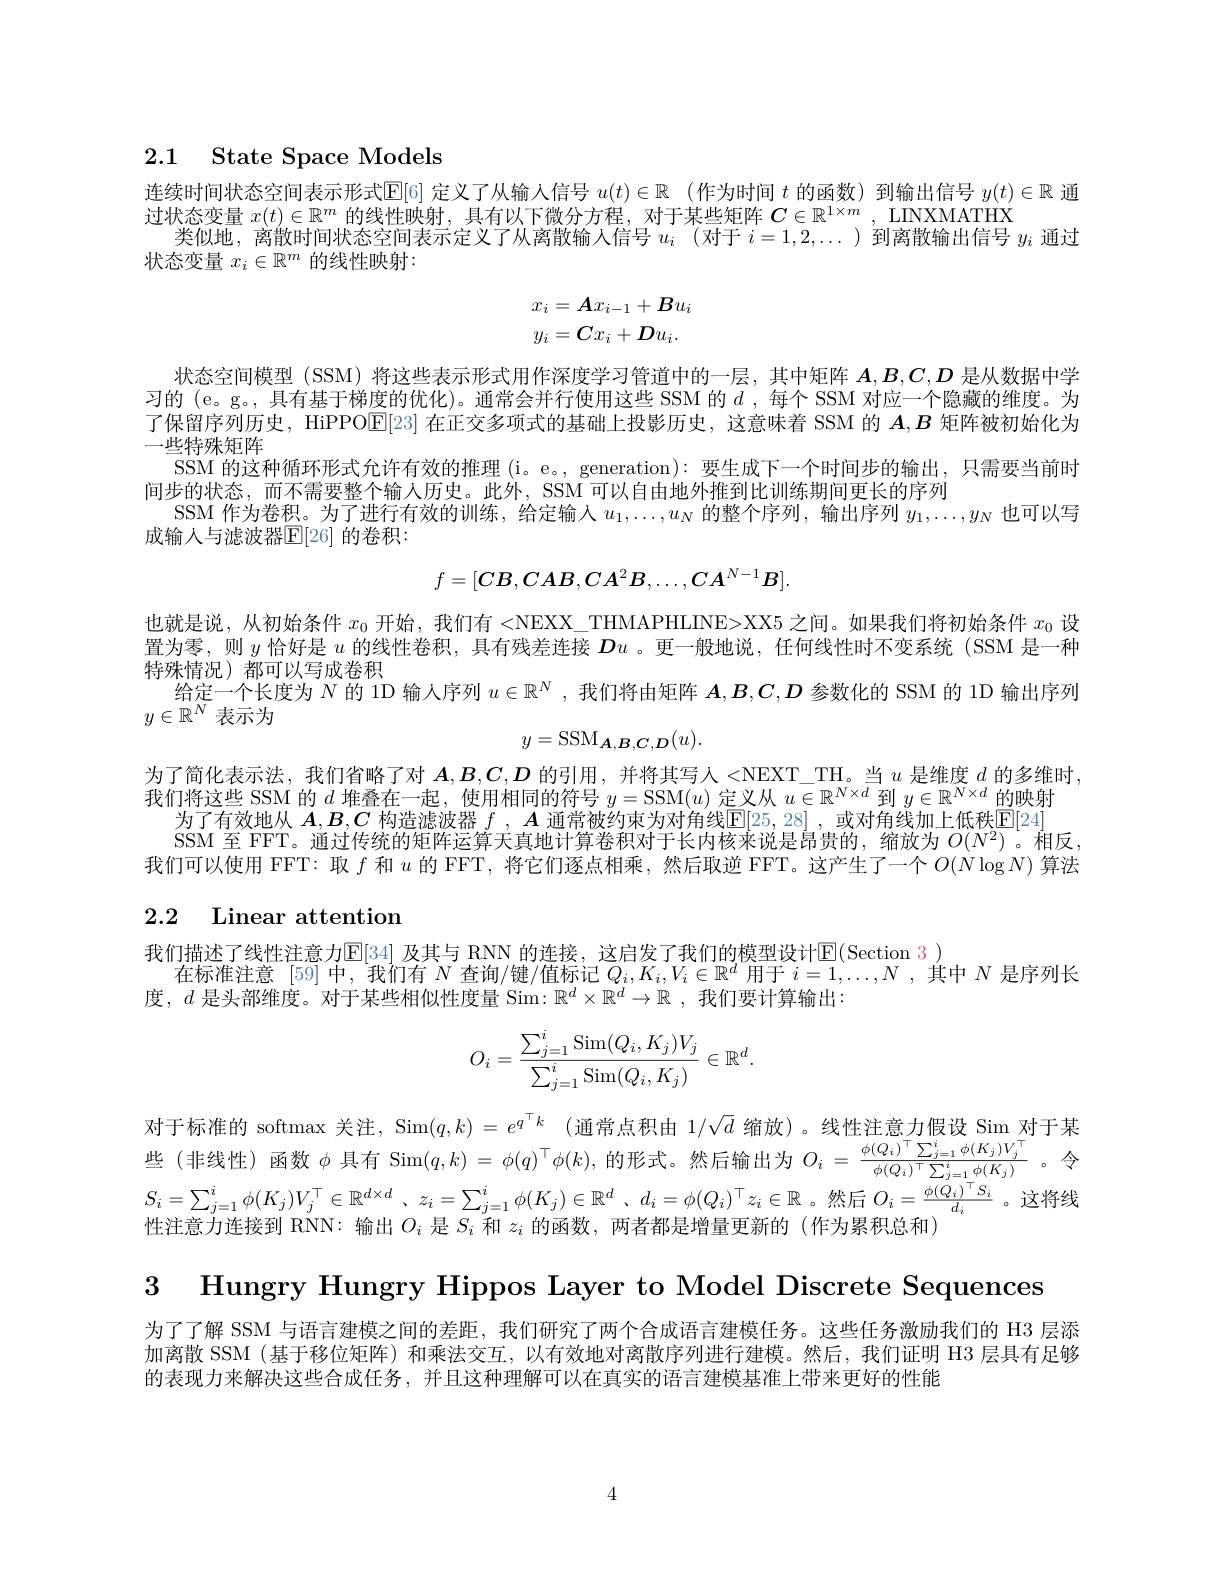
2.1 State Space Models

连续时间状态空间表示形式$\mathbb{E}[6]$定义了从输人信号$u( t) \in \mathbb{R}$ (作为时间$t$的函数)到输出信号$y(t)\in\mathbb{R}$通
过状态变量$x(t)\in\mathbb{R}^m$的线性映射，具有以下微分方程，对于某些矩阵$C\in\mathbb{R}^1\times m$ , LINXMATHX
类似地，离散时间状态空间表示定义了从离散输人信号$u_i$ (对于$i=1,2,\ldots$ )到离散输出信号$y_i$通过
状态变量$x_i\in\mathbb{R}^m$的线性映射：
$$\begin{aligned}x_i&=\boldsymbol{A}x_{i-1}+\boldsymbol{B}u_i\\y_i&=\boldsymbol{C}x_i+\boldsymbol{D}u_i.\end{aligned}$$
了保留序列历史，HiPPO$\overline{\mathrm{E}}[23]$在正交多项式的基础上投影历史，这意味着 SSM 的$A,B$矩阵被初始化为
一些特殊矩阵

状态空间模型 (SSM) 将这些表示形式用作深度学习管道中的一层，其中矩阵$A,B,C,D$是从数据中学习的 (e。g。, 具有基于梯度的优化)。通常会并行使用这些 SSM 的$d$ ,每个 SSM 对应一个隐藏的维度。为
SSM 的这种循环形式允许有效的推理 (i。e。, generation): 要生成下一个时间步的输出，只需要当前时
间步的状态，而不需要整个输人历史。此外，SSM 可以自由地外推到比训练期间更长的序列
SSM 作为卷积。为了进行有效的训练，给定输人$u_1,\ldots,u_N$的整个序列，输出序列$y_1,\ldots,y_N$也可以写
成输入与滤波器$\mathbb{E}[26]$ 的卷积：
$$f=[CB,CAB,CA^2B,\ldots,CA^{N-1}B].$$
也就是说，从初始条件$x_0$开始，我们有 <NEXX\_THMAPHLINE>XX5 之间。如果我们将初始条件$x_0$设置为零，则$y$恰好是$u$的线性卷积，具有残差连接$Du$ 。更一般地说，任何线性时不变系统(SSM 是一种特殊情况)都可以写成卷积
给定一个长度为$N$ 1D 输人序列$u\in\mathbb{R}^N$ ,我们将由矩阵$A,B,C,D$参数化的 SSM 的 1D 输出序列
$y\in\mathbb{R}^N$表示为
$$y=\mathrm{SSM}_{\boldsymbol{A},\boldsymbol{B},\boldsymbol{C},\boldsymbol{D}}(u).$$
为了简化表示法，我们省略了对$A,B,C,D$的引用，并将其写人 <NEXT\_TH。当$u$是维度$d$的多维时，
我们将这些 SSM 的$d$堆叠在一起，使用相同的符号$y=$SSM$(u)$定义从$u\in\mathbb{R}^N\times d$到$y\in\mathbb{R}^N\times d$的映射
为了有效地从 $A,B,C$ 构造滤波器 $f,\boldsymbol{A}$ 通常被约束为对角线$\underline{\mathbb{E}}[25,28]$ ,或对角线加上低秩$\underline{\mathbb{E}}[24]$
SSM 至 FFT。通过传统的矩阵运算天真地计算卷积对于长内核来说是昂贵的，缩放为$O(N^2)$。相反我们可以使用 FFT: 取$f$和$u$的 FFT, 将它们逐点相乘，然后取逆 FFT。这产生了一个$O(N\log N)$算法

# 2.2 Linear attention

我们描述了线性注意力E$[ 34] 及 其 与 RNN 的 连 接 , 这 启 发 了 我 们 的 模 型 设 计 E( Section 3)$
在标准注意 [59]中，我们有$N$查询/键/值标记$Q_i,K_i,V_i\in\mathbb{R}^d$用于$i=1,\ldots,N$ ,其中$N$是序列长
度，$d$是头部维度。对于某些相似性度量 Sim: $\mathbb{R}^d\times\mathbb{R}^d\to\mathbb{R}$ ,我们要计算输出：
$$O_i=\frac{\sum_{j=1}^i\operatorname{Sim}(Q_i,K_j)V_j}{\sum_{j=1}^i\operatorname{Sim}(Q_i,K_j)}\in\mathbb{R}^d.$$
对于标准的 softmax 关注，Sim$( q, k) = e^{q^\top k}$ (通常点积由 $1/\sqrt d$ 缩放)。线性注意力假设 Sim 对于某些 (非线性)函数$\phi$具有 Sim$(q,k)=\phi(q)^\top\phi(k)$,的形式。然后输出为$O_i=\frac{\phi(Q_i)^\top\sum_{j=1}^n\phi(K_j)V_j^{\prime}}{\phi(Q_i)^\top\sum_{j=1}^n\phi(K_j)}$。令$S_i=\sum_{j=1}^i\phi(K_j)V_j^\top\in\mathbb{R}^{d\times d}$、$z_i=\sum_{j=1}^i\phi(K_j)\in\mathbb{R}^d$、$d_i=\phi(Q_i)^\top z_i\in\mathbb{R}$。然后$O_i=\frac{\phi(\tilde{Q}_i)^\top S_i}{d_i}$。这将线

性注意力连接到 RNN: 输出$O_i$是$S_i$和$z_i$的函数，两者都是增量更新的 (作为累积总和)

3 Hungry Hungry Hippos Layer to Model Discrete Sequences

为了了解 SSM 与语言建模之间的差距，我们研究了两个合成语言建模任务。这些任务激励我们的 H3 层添加离散 SSM (基于移位矩阵)和乘法交互，以有效地对离散序列进行建模。然后，我们证明 H3 层具有足够的表现力来解决这些合成任务，并且这种理解可以在真实的语言建模基准上带来更好的性能